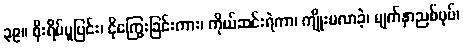
၃၉။ စိုးရိမ်ပူပြင်း၊ ငိုကြွေးခြင်းကား၊ ကိုယ်ဆင်းရဲကာ၊ ကျိုးမလာခဲ့၊ မျက်နှာညစ်ပုပ်၊